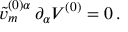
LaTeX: \tilde { v } _ { m } ^ { ( 0 ) \alpha } \, \partial _ { \alpha } V ^ { ( 0 ) } = 0 \, .